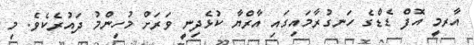
އާރމީ އޮފް ޑެޑްގެ ހަނގުރާމައިގައި އާރްޔާ ކުޅެދިނީ ވަރަށް މުހިންމު ދައުރެކެވެ. މި